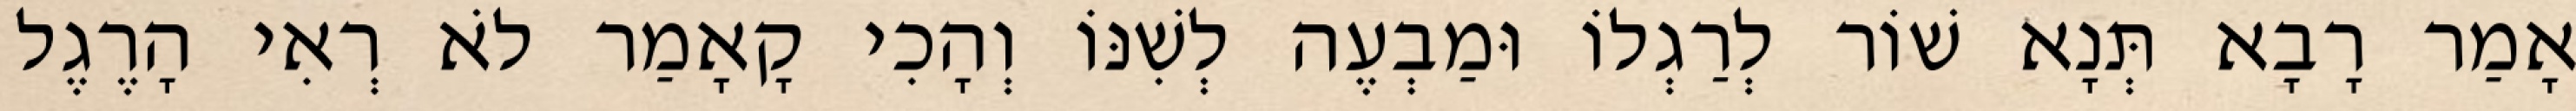
אָמַר רָבָא תְּנָא שׁוֹר לְרַגְלוֹ וּמַבְעֶה לְשִׁנּוֹ וְהָכִי קָאָמַר לֹא רְאִי הָרֶגֶל